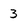
Character: 3